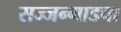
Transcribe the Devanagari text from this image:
सज्जन्गाडचा